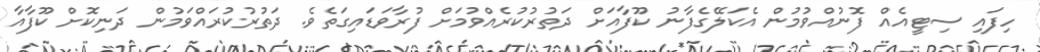
ހިފައި ސިޓީއެއް ފޮނުއްވުމުން އެކަލޭގެފާނު ކޫފާއަށް ދަތުރުކުރެއްވުމަށް ފުރާވަޑައިގަތެވެ. ދަތުރުކުރައްވަމުން ދަނިކޮށް ކޫފާއާ